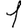
Digit: 1